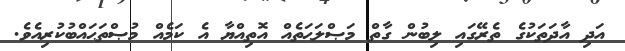
އަދި އާދަތަކުގެ ތެރޭގައި ލިބުން ގާތް މަޞްލަޙަތެއް އޮތިއްޔާ އެ ކަމެއް މުޞްތަޙައްބުކުރިއެވެ.